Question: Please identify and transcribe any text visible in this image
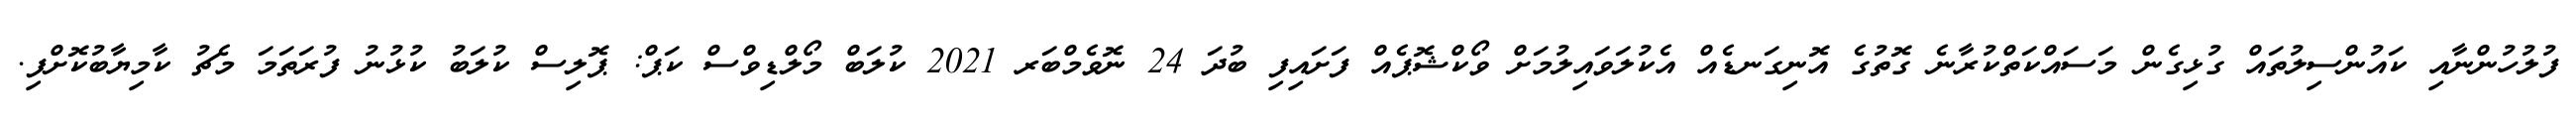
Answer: ފުލުހުންނާއި ކައުންސިލުތައް ގުޅިގެން މަސައްކަތްކުރާނެ ގޮތުގެ އޮނިގަނޑެއް އެކުލަވައިލުމަށް ވޯކްޝޮޕެއް ފަށައިފި ބުދަ 24 ނޮވެމްބަރ 2021 ކުލަބް މޯލްޑިވްސް ކަޕް: ޕޮލިސް ކުލަބު ކުޅުނު ފުރަތަމަ މެޗު ކާމިޔާބުކޮށްފި.